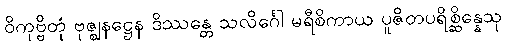
ဝိကုဗ္ဗိတုံ ဗုဇ္ဈနဋ္ဌေန ဒိဿန္တေ သလိင်္ဂေါ မရီစိကာယ ပူဇိတပရိစ္ဆိန္နေသု